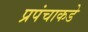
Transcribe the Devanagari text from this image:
प्रपंचाकडे